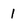
Character: 1